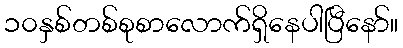
၁၀နှစ်တစ်စုစာလောက်ရှိနေပါပြီနော်။